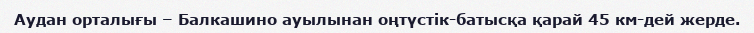
Аудан орталығы – Балкашино ауылынан оңтүстік-батысқа қарай 45 км-дей жерде.